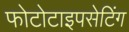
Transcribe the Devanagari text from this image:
फोटोटाइपसेटिंग